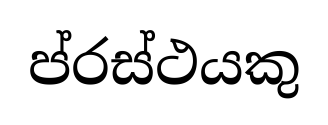
ප්රස්ථයකු